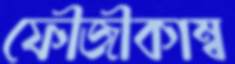
ফৌজীকাম্ব